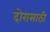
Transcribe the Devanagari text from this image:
दोरासाठी